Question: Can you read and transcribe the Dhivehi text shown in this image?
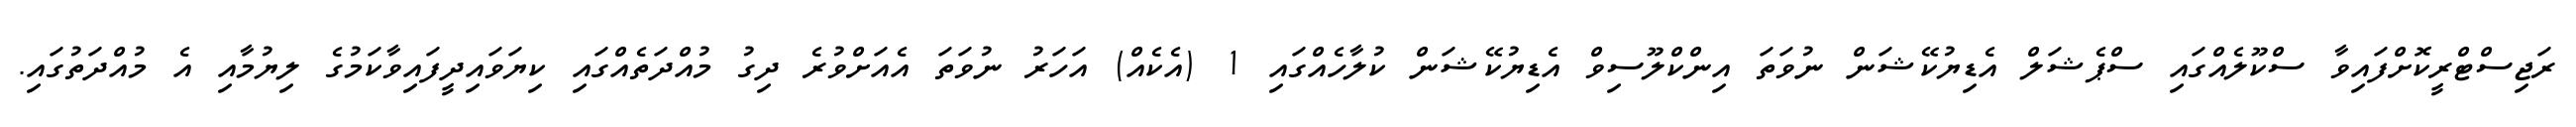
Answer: ރަޖިސްޓްރީކޮށްފައިވާ ސްކޫލެއްގައި ސްޕެޝަލް އެޑިޔުކޭޝަން ނުވަތަ އިންކްލޫސިވް އެޑިޔުކޭޝަން ކުލާހެއްގައި 1 (އެކެއް) އަހަރު ނުވަތަ އެއަށްވުރެ ދިގު މުއްދަތެއްގައި ކިޔަވައިދީފައިވާކަމުގެ ލިޔުމާއި އެ މުއްދަތުގައި.